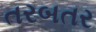
તરબતર